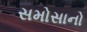
સમોસાનો